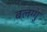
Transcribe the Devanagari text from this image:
बलग्गु